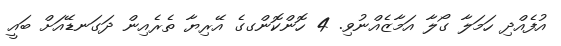
އުފެއްދި ހަމަލާ ގޯލާ އަމާޒެއްނުވި. 4 ހޮންކޮންގގެ އޭރިޔާ ތެރެއިން ދަގަނޑޭއަށް ބައީ